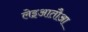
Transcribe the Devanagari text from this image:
लेइआतौआ